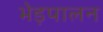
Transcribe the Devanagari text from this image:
भेड़पालन